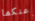
عنكما